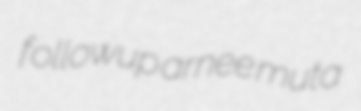
followup arnee muta